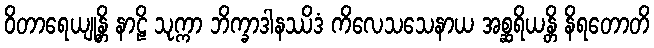
ဝိတာရေယျုန္တိ နာဠိ သုက္ကာ ဘိက္ခာဒါနဿိဒံ ကိလေသသေနာယ အစ္ဆရိယန္တိ နိရတောတိ